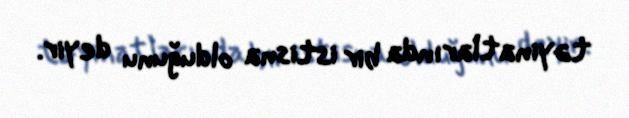
təyinatlarında bir istisna olduğunu deyir.